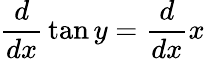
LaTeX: {\frac{d}{dx}}\tan y={\frac{d}{dx}}x